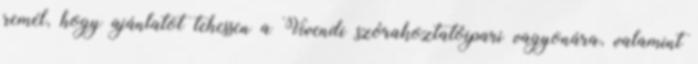
remél, hogy ajánlatot tehessen a Vivendi szórakoztatóipari vagyonára, valamint